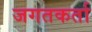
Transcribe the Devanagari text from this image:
जगतकर्ता